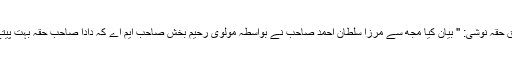
-03شوق حقہ نوشی: '' بیان کیا مجھ سے مرزا سلطان احمد صاحب نے بواسطہ مولوی رحیم بخش صاحب ایم اے کہ دادا صاحب حقہ بہت پیتے تھے۔